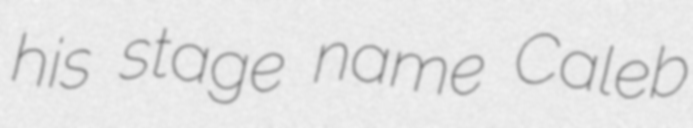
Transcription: his stage name Caleb